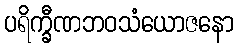
ပရိက္ခီဏဘဝသံယောဇနော